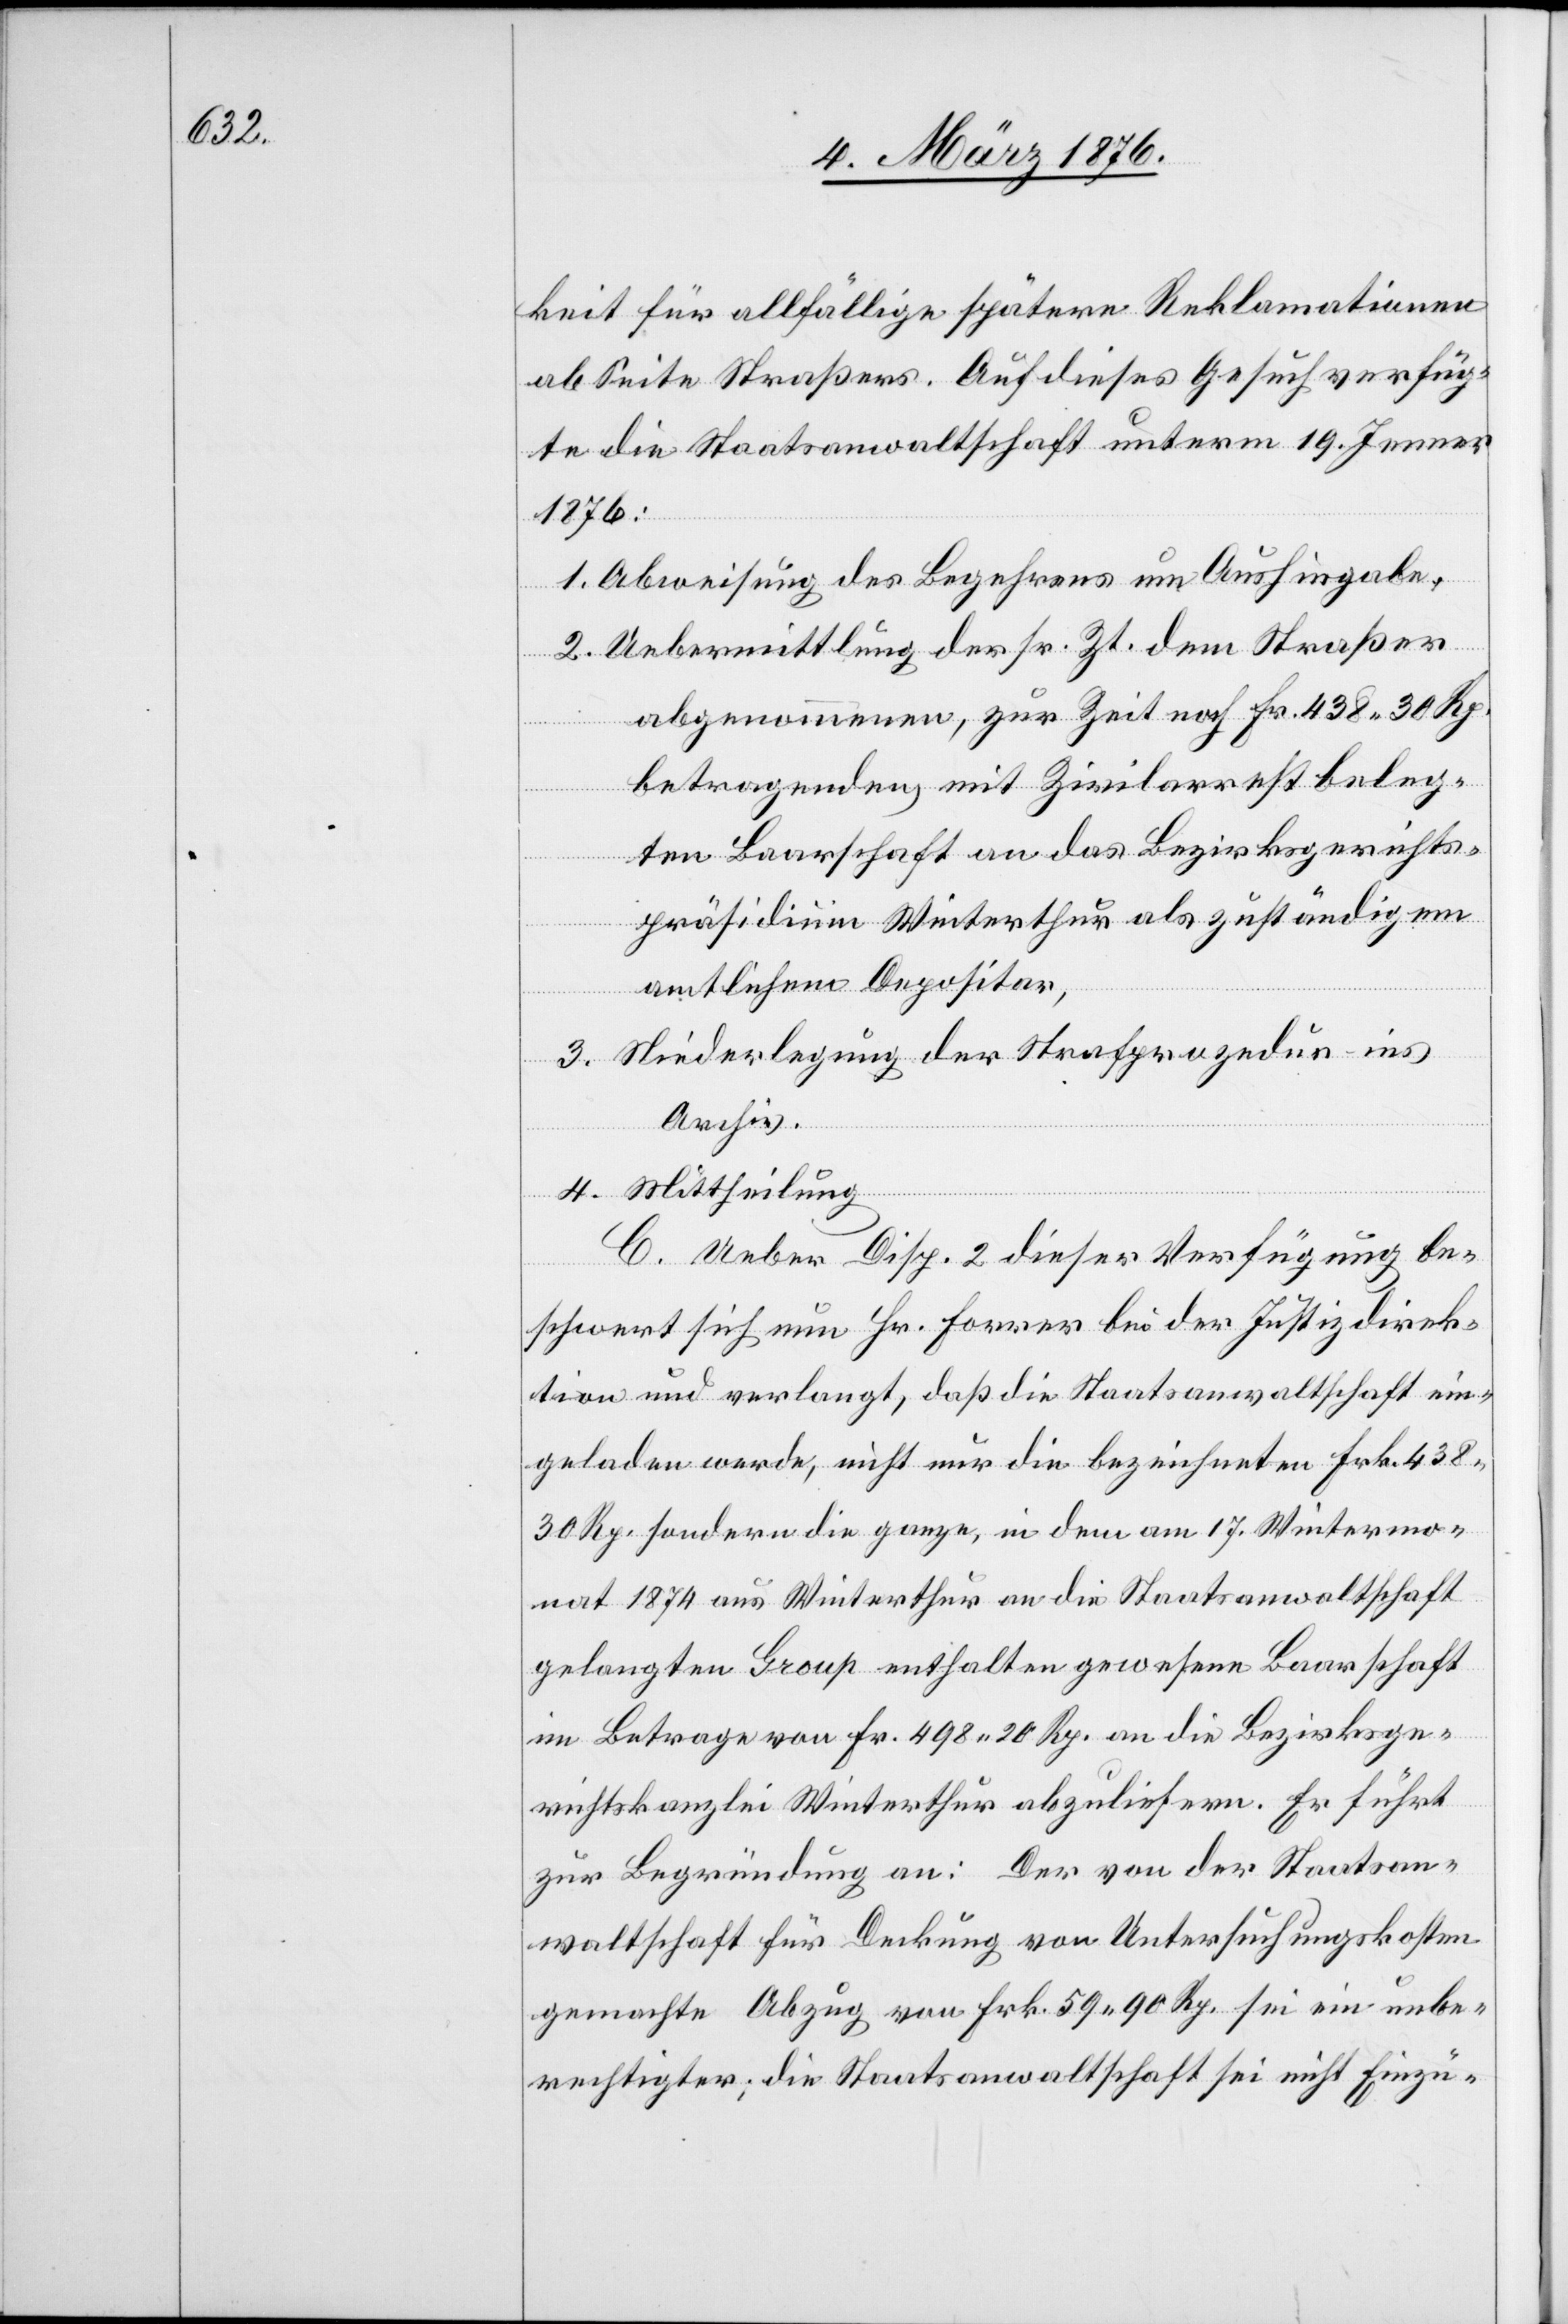
keit für allfällige spätere Reklamationen
ab Seite Straßers. Auf dieses Gesuch verfüg¬
te die Staatsanwaltschaft unterm 19. Jenner
1876:
1. Abweisung des Begehrens um Aushingabe,
2. Uebermittlung der sr. Zt. dem Straßer
abgenommenen, zur Zeit noch Fr. 438 30 Rp.
betragenden mit Zivilarrest beleg¬
ten Baarschaft an das Bezirksgerichts¬
präsidium Winterthur als zuständigem
3. Niederlegung der Strafprozedur ins
Archiv.
4. Mittheilung.
C. Ueber Disp. 2 dieser Verfügung be¬
schwert sich nun Hr. Forrer bei der Justizdirek¬
tion und verlangt, daß die Staatsanwaltschaft ein¬
geladen werde, nicht nur die bezeichneten Frk. 438
30 Rp. sondern die ganze, in dem am 17. Wintermo¬
nat 1874 aus Winterthur an die Staatsanwaltschaft
gelangten Group enthalten gewesene Baarschaft
im Betrage von Fr. 498 20 Rp. an die Bezirksge¬
wichtskanzlei Winterthur abzuliefern. Er führt
zur Begründung an: Der von der Staatsan¬
waltschaft für Deckung von Untersuchungskosten
gemachte Abzug von Frk. 59 90 Rp. sei ein unbe¬
rechtigter; die Staatsanwaltschaft sei nicht Einzü-